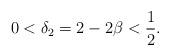
LaTeX: \begin{align*} 0<\delta_2=2-2\beta<\frac{1}{2}.\end{align*}